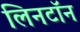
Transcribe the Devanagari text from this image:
लिनटॉन